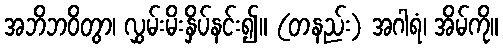
အဘိဘဝိတွာ၊ လွှမ်းမိးနှိပ်နင်း၍။ (တနည်း) အဂါရံ၊ အိမ်ကို။